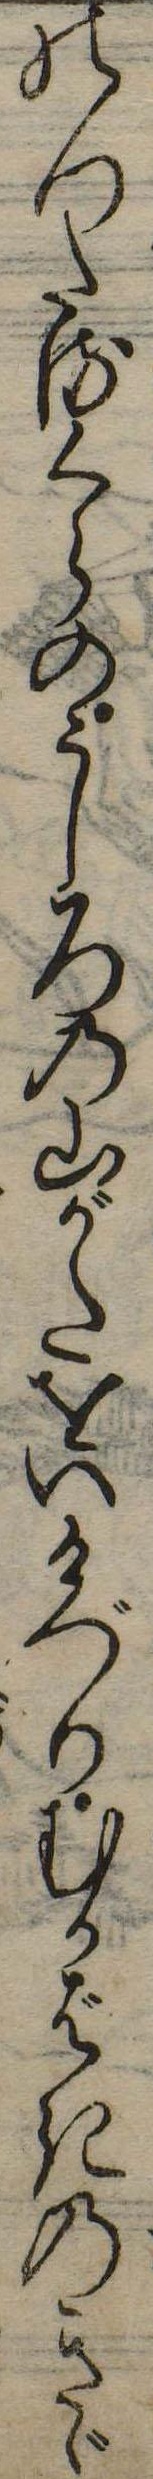
のつたるくらのうしろの山がたをいけづりむかばきのきゞ